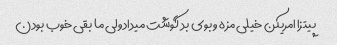
پیتزا امریکن خیلی مزه و بوی بد گوشت میداد ولی ما بقی خوب بودن